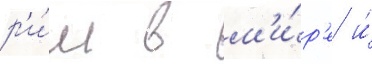
р'и́м в м'и́р'е и́